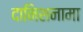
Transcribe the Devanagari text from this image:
दानिशनामा